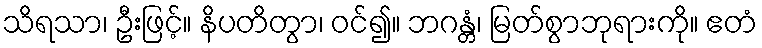
သိရသာ၊ ဦးဖြင့်။ နိပတိတွာ၊ ဝင်၍။ ဘဂန္တံ၊ မြတ်စွာဘုရားကို။ ဧတံ